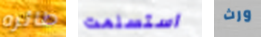
طائره استسلمت ورث